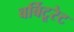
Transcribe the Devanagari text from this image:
बर्बिटूरेट